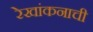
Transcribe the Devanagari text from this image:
रेखांकनाची